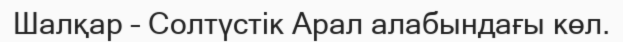
Шалқар – Солтүстік Арал алабындағы көл.